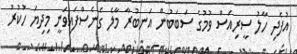
އުފެދި ހާލު ސީރިއަސް ވުމުގެ ސަބަބުން އަނބުރާ މާލެ ގެނެސްފައިވަނީ މިދިޔަ ހުކުރު